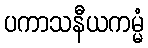
ပကာသနီယကမ္မံ